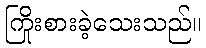
ကြိုးစားခဲ့သေးသည်။